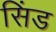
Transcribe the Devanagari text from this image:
सिंड